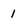
Character: 1